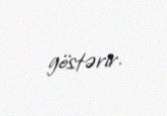
göstərir.